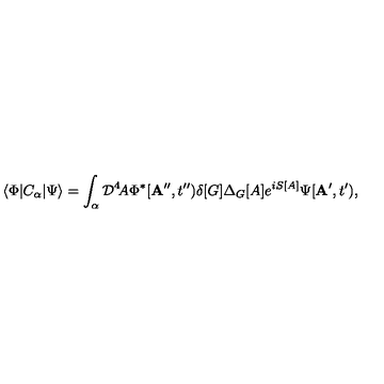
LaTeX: \langle \Phi | C _ { \alpha } | \Psi \rangle = \int _ { \alpha } { \cal D } ^ { 4 } \! A \Phi ^ { * } [ { \bf A } ^ { \prime \prime } , t ^ { \prime \prime } ) \delta [ G ] \Delta _ { G } [ A ] e ^ { i S [ A ] } \Psi [ { \bf A } ^ { \prime } , t ^ { \prime } ) ,